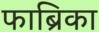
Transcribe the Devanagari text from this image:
फाब्रिका